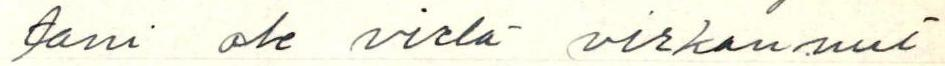
tani ole vielä virkannut